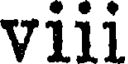
viii